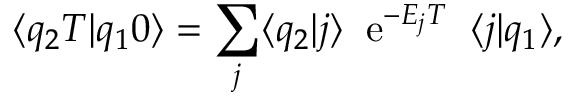
\langle q _ { 2 } T | q _ { 1 } 0 \rangle = \sum _ { j } \langle q _ { 2 } | j \rangle \; \; \mathrm { e } ^ { - E _ { j } T } \; \; \langle j | q _ { 1 } \rangle ,